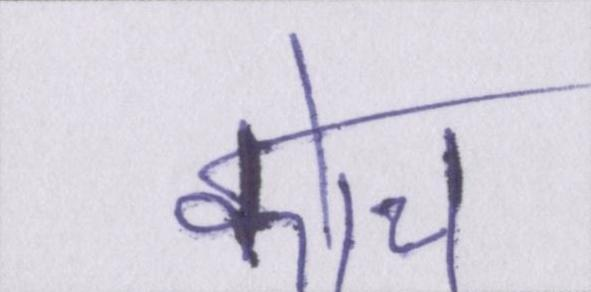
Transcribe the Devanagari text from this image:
कोच